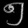
Digit: ၅